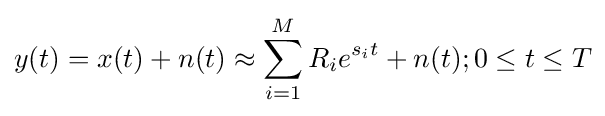
y(t)=x(t)+n(t)\approx \sum _{i=1}^{M}R_{i}e^{s_{i}t}+n(t);0\leq t\leq T